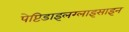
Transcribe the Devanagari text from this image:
पेप्टिडाइलग्लाइसाइन